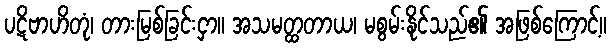
ပဋိဗာဟိတုံ၊ တားမြစ်ခြင်းငှာ။ အသမတ္ထတာယ၊ မစွမ်းနိုင်သည်၏ အဖြစ်ကြောင့်။